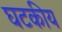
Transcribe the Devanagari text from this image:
घटकीय